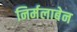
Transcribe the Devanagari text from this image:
निर्मलाबेन